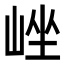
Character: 㟇